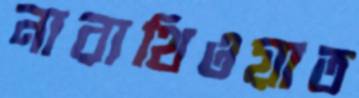
নারাথিওয়াত